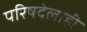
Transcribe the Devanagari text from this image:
परिषदेलाही